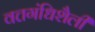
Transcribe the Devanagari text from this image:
वत्तगंधिशैली